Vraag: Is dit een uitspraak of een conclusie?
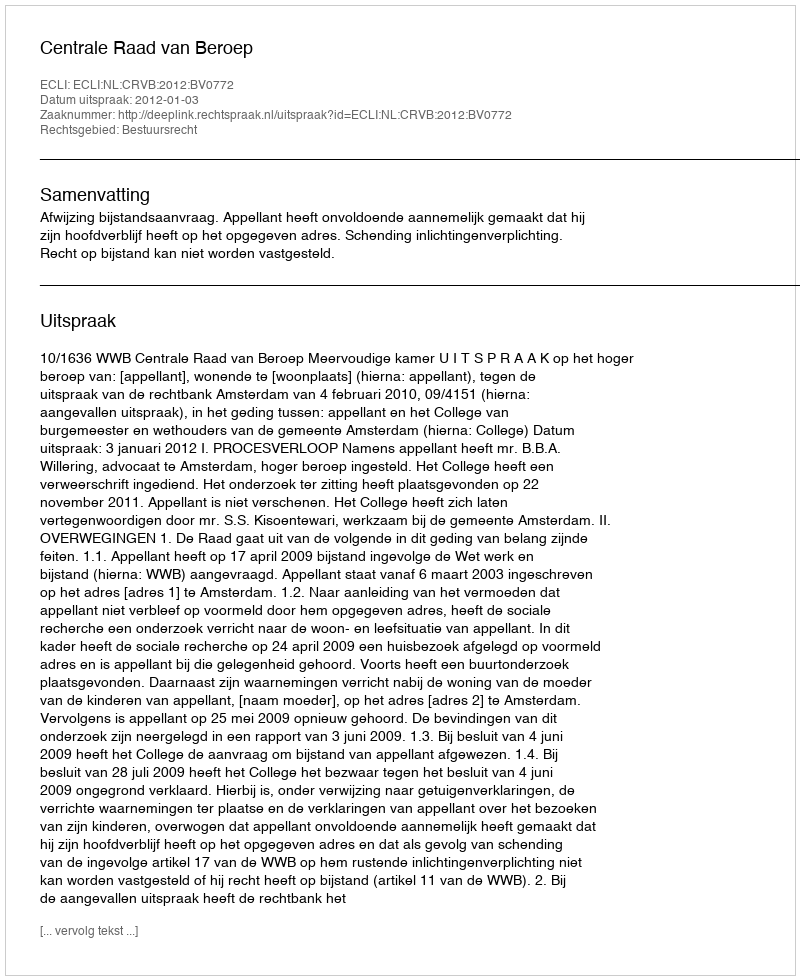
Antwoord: Uitspraak